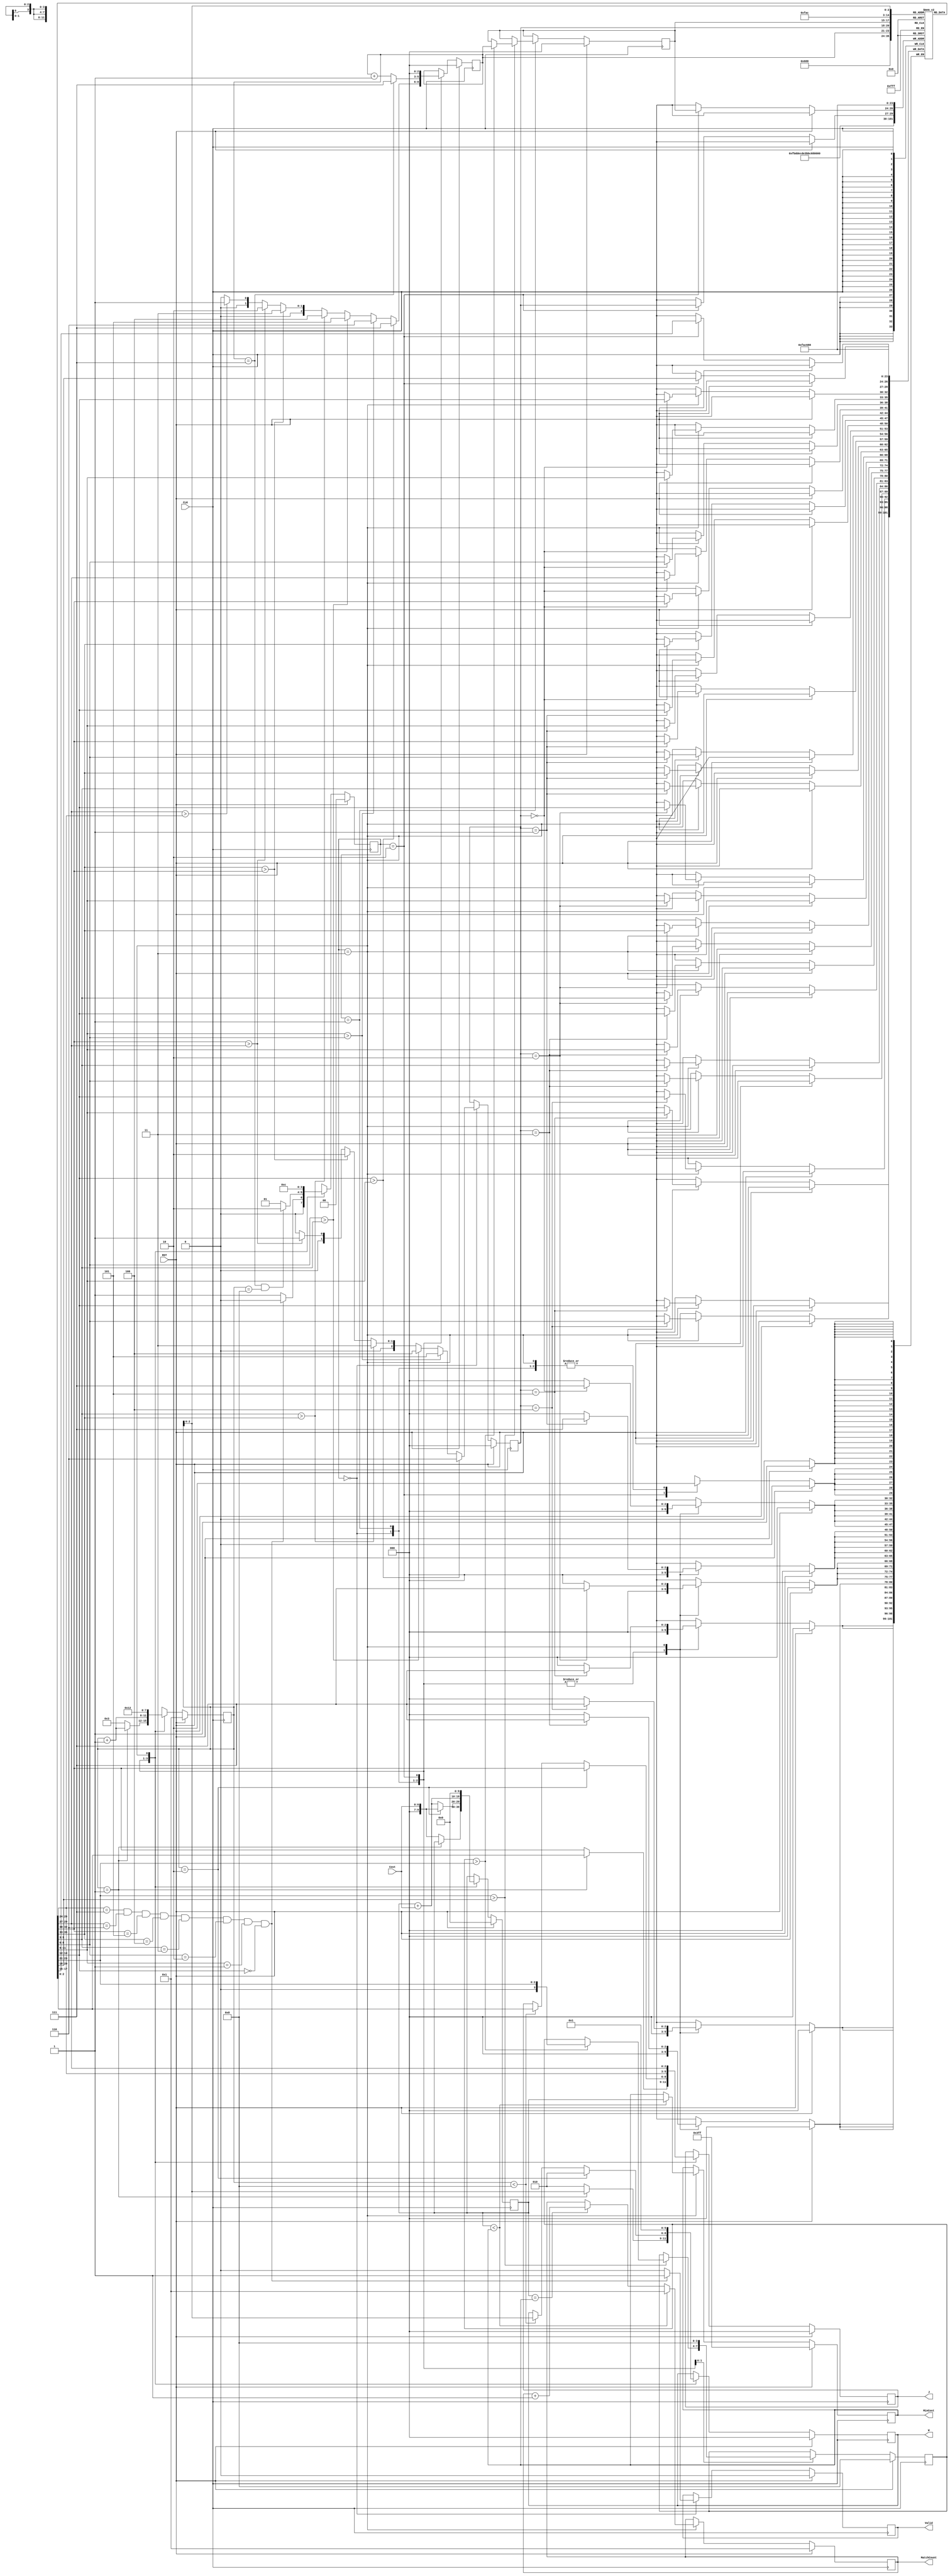
module JAM (
input CLK,
input RST,
output reg [2:0] W,
output reg [2:0] J,
input [6:0] Cost,
output reg [3:0] MatchCount,
output reg [9:0] MinCost,
output reg Valid );

//---def param---
localparam
	FIND_POINT = 0,
	FIND_MIN   = 1,
	SWAP_VAL   = 2,
	ROTATE	   = 3;

localparam
	READ_FIRST_DATA = 0,
	READ_OTHER_DATA = 1,
	SUM_END   		= 2,
	KEEP_VALUE	    = 3;

//---def fsm reg---
reg [1:0]cur_state;
reg [1:0]next_state;

//---def reg---
integer i;
reg [2:0]array[0:7];
reg [2:0]n_point;
reg [2:0]point;
reg [3:0]min;
reg [2:0]min_addr;
reg [9:0]sum;
reg [3:0]cnt_read;
wire end_flag;

assign end_flag = (array[0]==7 && array[1]==6 && array[2]==5 && array[3]==4 && array[4]==3 && array[5]==2 && array[6]==1 && array[7]==0);

//---FSM---
always@(posedge CLK) begin
	if(RST)	cur_state <= 2'd0;
	else 	cur_state <= next_state;
end

//---state transfer
always@(*) begin
	case(cur_state)
		0:
		begin
			if(end_flag)	
				next_state = 0;
			else 						
				next_state = 1;
		end
		1:
		begin
			if(n_point == 7 && cnt_read==8) next_state = 2;
			else 		   				    next_state = 1;
		end
		2 : next_state = 3;
		3 : next_state = 0;
	endcase
end

//------
always@(posedge CLK) begin
	if(RST) begin
		for(i=0; i<=3'd7; i=i+1) array[i] <= i;
		n_point <= 3'd0;
		point <= 3'd0;
		min <= 4'd8;
		min_addr <= 3'd0;
		Valid <= 0;
 	end
	else begin
		case(cur_state)
			FIND_POINT:
			begin
				if(end_flag)
					Valid <= 1;
				else 
					Valid <= 0;
				
				if(array[7]>array[6]) begin
					point <= 6;
					n_point <= 7;
				end
				else if(array[6]>array[5])begin
					point <= 5;
					n_point <= 6;
				end
				else if(array[5]>array[4])begin
					point <= 4;
					n_point <= 5;
				end
				else if(array[4]>array[3])begin
					point <= 3;
					n_point <= 4;
				end
				else if(array[3]>array[2])begin
					point <= 2;
					n_point <= 3;
				end
				else if(array[2]>array[1])begin
					point <= 1;
					n_point <= 2;
				end
				else if(array[1]>array[0]) begin
					point <= 0;
					n_point <= 1;
				end
				else begin
					point <= 0;
					n_point <= 0;
				end
			end
			FIND_MIN:
			begin
				if(n_point==7)
					n_point <= 7;
				else 
					n_point <= n_point + 1'b1;
					
				if(array[n_point] > array[point]) begin
					if(min > array[n_point]) begin
						min <= array[n_point];
						min_addr <= n_point;
					end
				end
			end
			SWAP_VAL:
			begin
				n_point <= 0;
				min <= 8;
				array[min_addr] <= array[point];
				array[point] <= array[min_addr];
			end
			ROTATE: 
			begin
				case(point)
					0:	
					begin
						array[1] <= array[7];
						array[2] <= array[6];
						array[3] <= array[5];
						array[7] <= array[1];
						array[6] <= array[2];
						array[5] <= array[3];
					end
					1:
					begin
						array[2] <= array[7];
						array[3] <= array[6];
						array[4] <= array[5];
						array[7] <= array[2];
						array[6] <= array[3];
						array[5] <= array[4];
					end
					2:
					begin
						array[3] <= array[7];
						array[4] <= array[6];
						array[7] <= array[3];
						array[6] <= array[4];
					end
					3:
					begin
						array[4] <= array[7];
						array[5] <= array[6];
						array[7] <= array[4];
						array[6] <= array[5];
					end
					4:
					begin
						array[5] <= array[7];
						array[7] <= array[5];
					end
					5:
					begin
						array[6] <= array[7];
						array[7] <= array[6];
					end
				endcase
			end
		endcase
	end
end

//------
always@(posedge CLK) begin
	if(RST) begin
		cnt_read <= 4'd1;
		sum <= 10'd0;
		MatchCount <= 4'd1;
		MinCost <= 10'd1023;
		W <= 3'd0;
		J <= 3'd0;
	end
	else begin
		case(cur_state)
			READ_FIRST_DATA:	
			begin	
				if(cnt_read==1) begin	
					W <= cnt_read;
					J <= array[cnt_read];
					cnt_read <= cnt_read + 1'b1;
				end
				else begin
					W <= 2;
					J <= array[2];
					cnt_read <= 3;
					sum <= Cost;
				end
			end
			READ_OTHER_DATA:	
			begin
				cnt_read <= cnt_read + 1'b1;
				if(cnt_read==2) begin	
					W <= 2;
					J <= array[2];
					sum <= Cost;
				end
				else begin
					sum <= sum + Cost;
					if(cnt_read<8) begin
						W <= cnt_read;
						J <= array[cnt_read];
					end
				end
			end
			SUM_END:
			begin
				W <= 0;
				J <= array[0];
				cnt_read <= 1;
				sum <= sum + Cost;
			end
			KEEP_VALUE:
			begin
				W <= 1;
				J <= array[1];
				cnt_read <= 2;
				sum <= 0;
				
				if(sum < MinCost) begin
					MinCost <= sum;
					MatchCount <= 1;
				end
				else if(sum == MinCost) begin
					MatchCount <= MatchCount + 1'b1;
				end
			end
		endcase
	end
end


endmodule